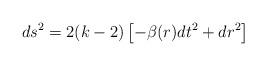
LaTeX: \begin{align*}ds^{2} = 2(k -2)\left [ -\beta (r) dt^{2} + dr^{2} \right ]\end{align*}